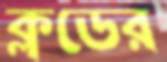
ক্লডের